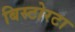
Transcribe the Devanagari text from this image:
बिस्टोरटा